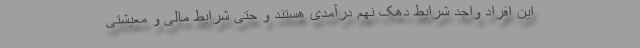
این افراد واجد شرایط دهک نهم درآمدی هستند و حتی شرایط مالی و معیشتی